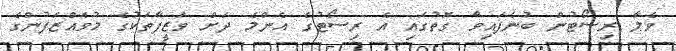
ވެލާ ރިސޯޓުން ބުނެފައިވާ ގޮތުގައި އެ ރިސޯޓުގެ އެންމެ ދަށް ވަޒީފާތަކުގެ މުވައްޒަފުންގެ